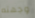
وجهته